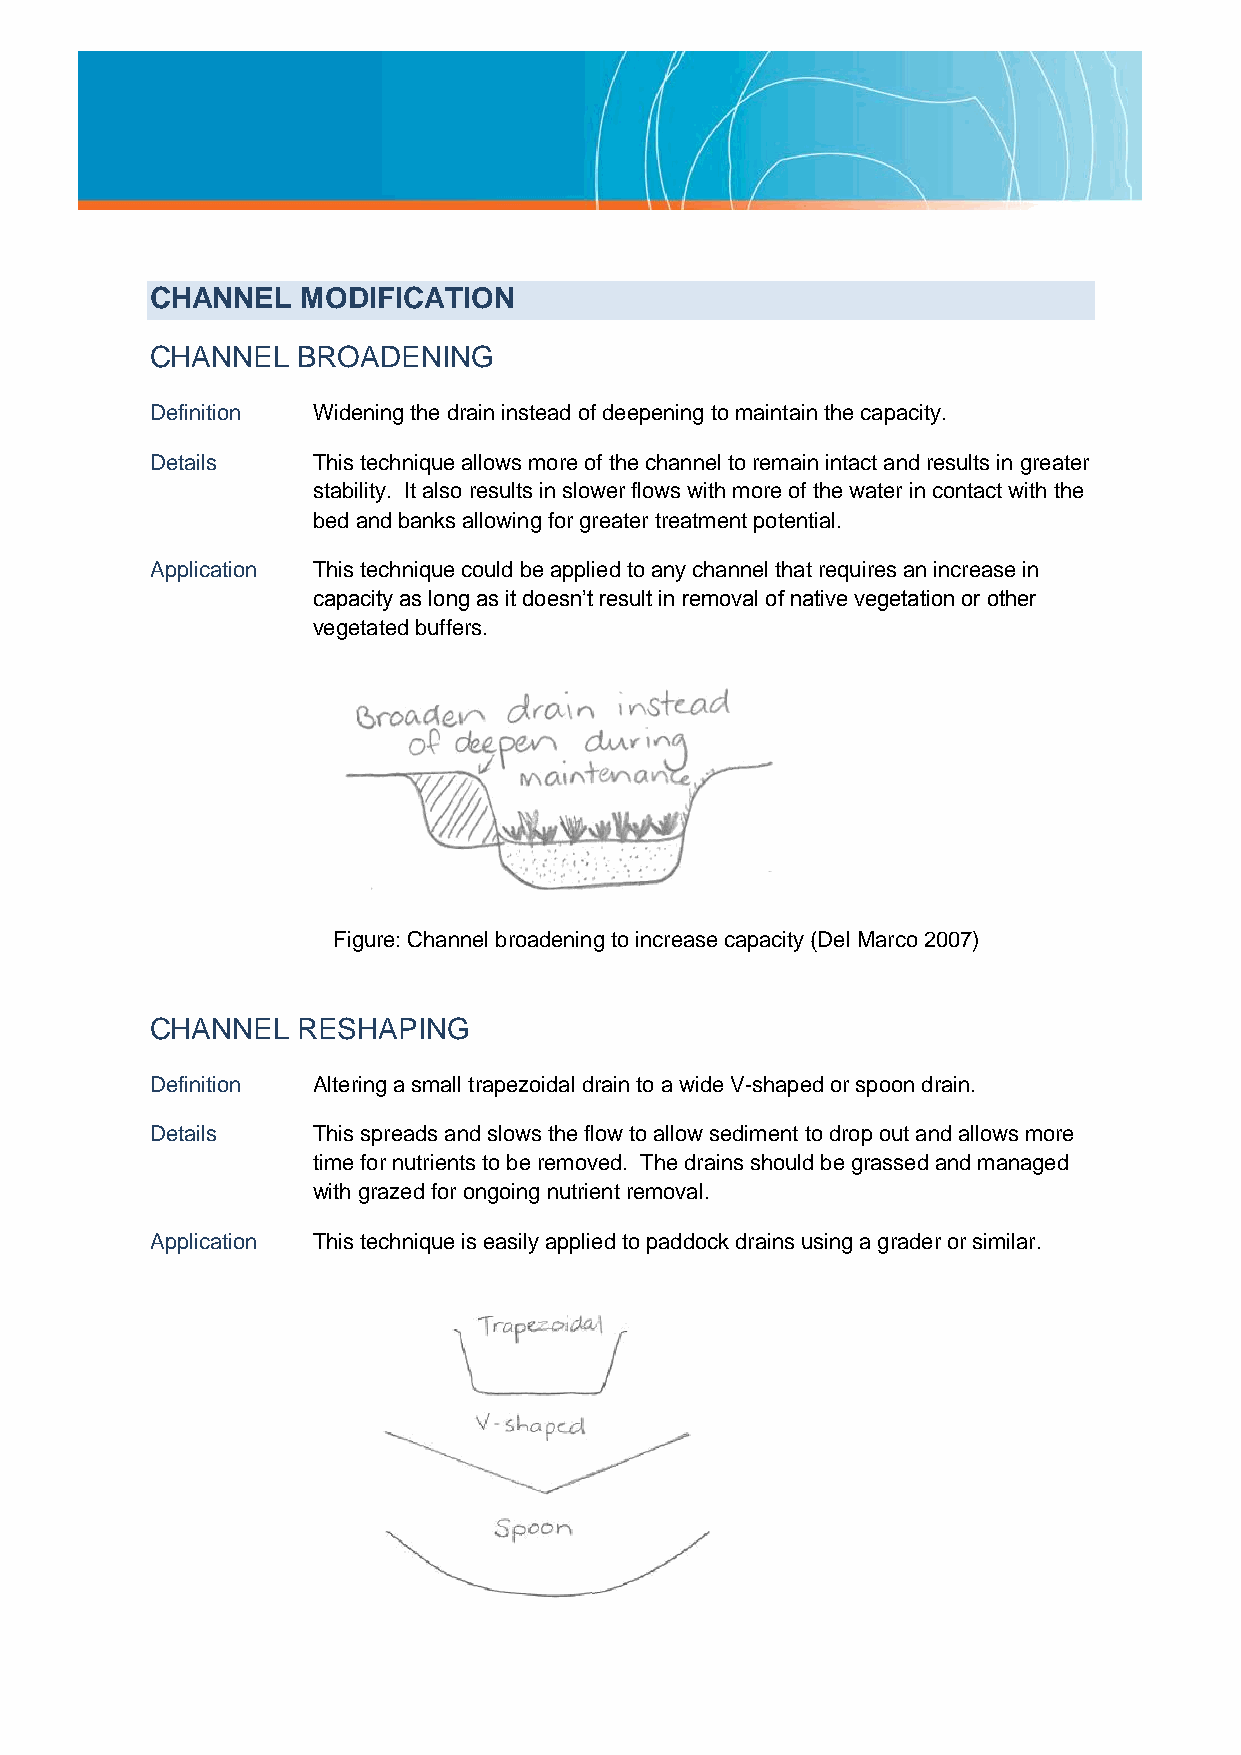
CHANNEL   MODIFICATION
 CHANNEL   BROADENING
 Definition Widening the drain instead of deepening to maintain the capacity.
 Details    This technique allows more of the channel to remain intact and results in greater
 stability. It also results in slower flows with more of the water in contact with the
 bed and banks allowing for greater treatment potential.
 Application This technique could be applied to any channel that requires an increase in
 capacity as long as it doesn’t result in removal of native vegetation or other
 vegetated buffers.
 Figure: Channel broadening to increase capacity (Del Marco 2007)
 CHANNEL   RESHAPING
 Definition Altering a small trapezoidal drain to a wide V-shaped or spoon drain.
 Details    This spreads and slows the flow to allow sediment to drop out and allows more
 time for nutrients to be removed. The drains should be grassed and managed
 with grazed for ongoing nutrient removal.
 Application This technique is easily applied to paddock drains using a grader or similar.